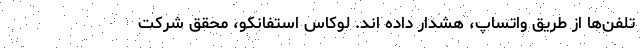
تلفن‌ها از طریق واتساپ، هشدار داده اند. لوکاس استفانکو، محقق شرکت